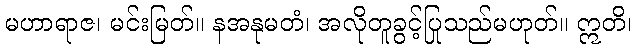
မဟာရာဇ၊ မင်းမြတ်။ နအနုမတံ၊ အလိုတူခွင့်ပြုသည်မဟုတ်။ ဣတိ၊